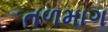
તળમાગ